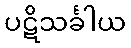
ပဋိသင်္ခါယ